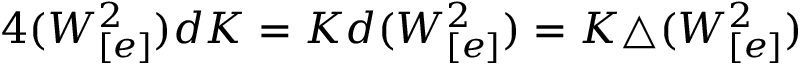
4 ( W _ { [ e ] } ^ { 2 } ) d K = K d ( W _ { [ e ] } ^ { 2 } ) = K \triangle ( W _ { [ e ] } ^ { 2 } )